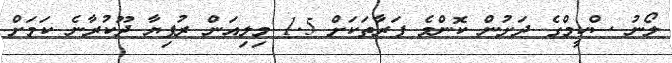
ލޯނު ސްކީމްގެ ދަށުން ކޮންމެ ފަރާތަކަށް 1.5 މިލިއަން ރުފިޔާ ދޫކުރާނެ ކަމަށް